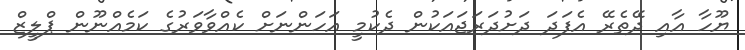
ޔޫހާ އާއި ދޭތެރޭ އެފަދަ ދަށުދަރަޖައަކުން ދެކުމީ އަހަންނަށް ކެއްވާވަރުގެ ކަމެއްނޫން ޕްލީޒް